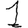
Digit: 1